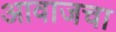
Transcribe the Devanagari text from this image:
आवाजचा